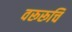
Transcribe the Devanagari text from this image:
वरूरूचि